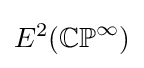
E^{2}(\mathbb {CP} ^{\infty })